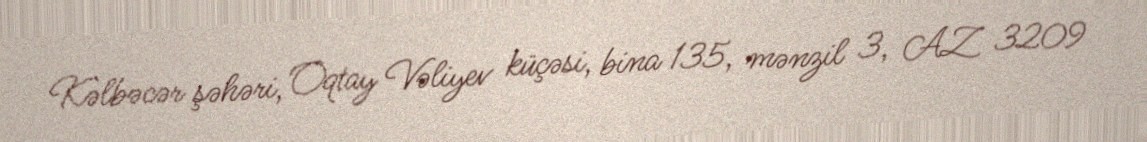
Kəlbəcər şəhəri, Oqtay Vəliyev küçəsi, bina 135, mənzil 3, AZ 3209